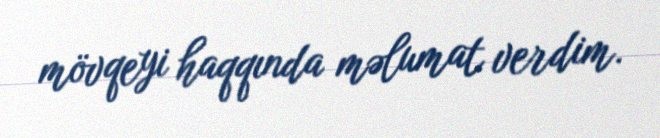
mövqeyi haqqında məlumat verdim.